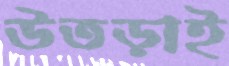
উতড়াই